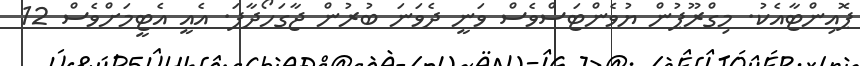
ޕޮއިންޓާއެކު. މިގްރޫޕުން ޔުވެންޓަސްވެސް ވަނީ ދެވަނަ ބުރުން ޖާގަހޯދާފަ. އެއީ އެޓީމަށްވެސް 12